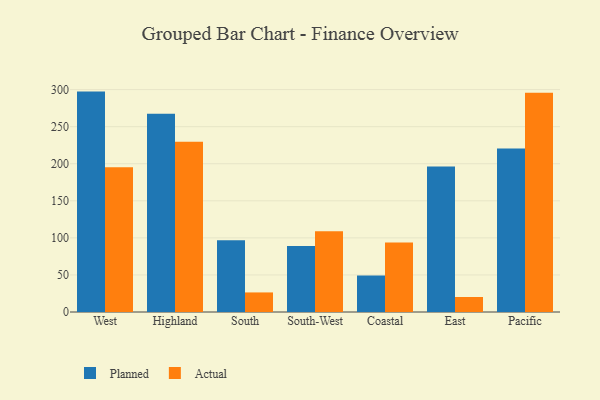
{"axis": {"x": "Region", "y": "Shipments"}, "legend": ["Actual", "Planned"], "data": [{"x": "West", "y": 297.3, "type": "Planned"}, {"x": "West", "y": 195.4, "type": "Actual"}, {"x": "Highland", "y": 267.5, "type": "Planned"}, {"x": "Highland", "y": 229.7, "type": "Actual"}, {"x": "South", "y": 96.7, "type": "Planned"}, {"x": "South", "y": 26.4, "type": "Actual"}, {"x": "South-West", "y": 89.0, "type": "Planned"}, {"x": "South-West", "y": 109.0, "type": "Actual"}, {"x": "Coastal", "y": 49.2, "type": "Planned"}, {"x": "Coastal", "y": 93.7, "type": "Actual"}, {"x": "East", "y": 196.3, "type": "Planned"}, {"x": "East", "y": 20.2, "type": "Actual"}, {"x": "Pacific", "y": 220.5, "type": "Planned"}, {"x": "Pacific", "y": 295.7, "type": "Actual"}]}